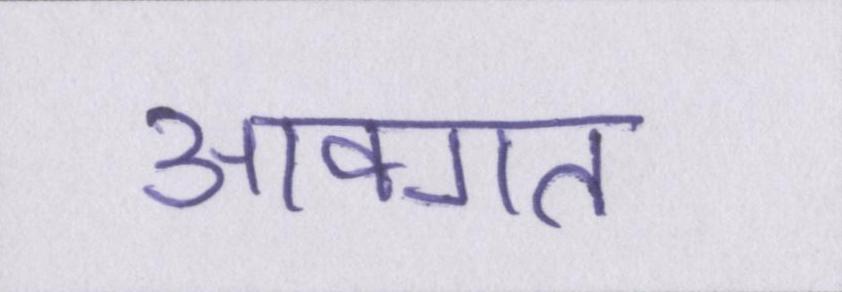
आवगत